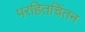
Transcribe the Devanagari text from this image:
परहितचिंतन